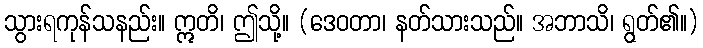
သွားရကုန်သနည်း။ ဣတိ၊ ဤသို့။ (ဒေဝတာ၊ နတ်သားသည်။ အဘာသိ၊ ရွတ်၏။)